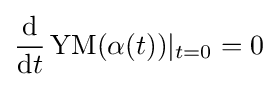
{\frac {\mathrm {d} }{\mathrm {d} t}}\operatorname {YM} (\alpha (t))\vert _{t=0}=0